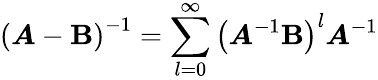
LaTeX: \left(\boldsymbol{A}-\boldsymbol{\textbf{B}}\right)^{-1}=\sum_{l=0}^{\infty}\left(\boldsymbol{A}^{-1}\boldsymbol{\textbf{B}}\right)^{l}\boldsymbol{A}^{-1}